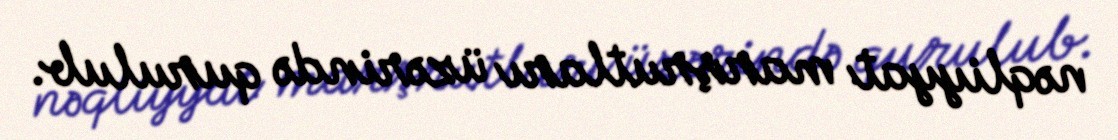
nəqliyyat marşrutları üzərində qurulub.